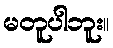
မတူပါဘူး။